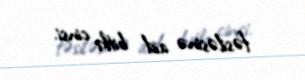
fəsiləsinə aid bitki cinsi.